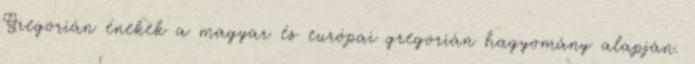
Gregorián énekek a magyar és európai gregorián hagyomány alapján.